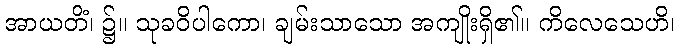
အာယတိံ၊ ၌။ သုခဝိပါကော၊ ချမ်းသာသော အကျိုးရှိ၏။ ကိလေသေဟိ၊